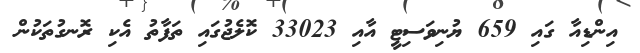
އިންޑިއާ ގައި 659 ޔުނިވަސިޓީ އާއި 33023 ކޮލެޖުގައި ތަފާތު އެކި ރޮނގުތަކުން